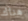
هناك